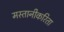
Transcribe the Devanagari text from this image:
मस्तानीकरिता